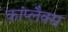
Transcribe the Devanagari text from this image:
कांप्लैक्स